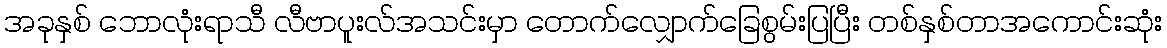
အခုနှစ် ဘောလုံးရာသီ လီဗာပူးလ်အသင်းမှာ တောက်လျှောက်ခြေစွမ်းပြပြီး တစ်နှစ်တာအကောင်းဆုံး